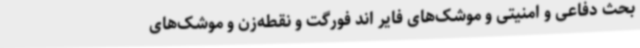
بحث دفاعی و امنیتی و موشک‌های فایر اند فورگت و نقطه‌زن و موشک‌های